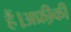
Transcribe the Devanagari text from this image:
हैं।अफ्री़की